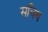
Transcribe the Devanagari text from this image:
सचिथ